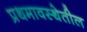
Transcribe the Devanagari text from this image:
प्रथमावस्थेतील